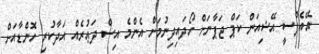
އޭއެފްސީ އޭޝިއަން ކަޕް ޖަޕާނަށް ހޯދައިދިނުމަށް އެންމެ އިސް ދަޢުރެއް އަދާކުރި ހޮންޑާއަށް